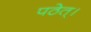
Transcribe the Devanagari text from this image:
पठेत्‌।